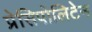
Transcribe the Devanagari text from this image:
प्रेसिपोलिटेन